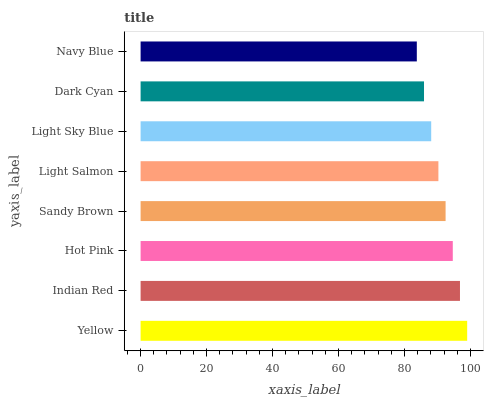
| yaxis_label | bars |
 | --- | --- |
 | Yellow | 99 |
 | Indian Red | 96.8 |
 | Hot Pink | 94.6 |
 | Sandy Brown | 92.5 |
 | Light Salmon | 90.3 |
 | Light Sky Blue | 88.1 |
 | Dark Cyan | 85.9 |
 | Navy Blue | 83.7 |